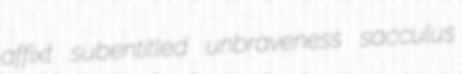
affixt subentitled unbraveness sacculus